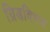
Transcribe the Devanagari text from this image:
ग्रिडविभव